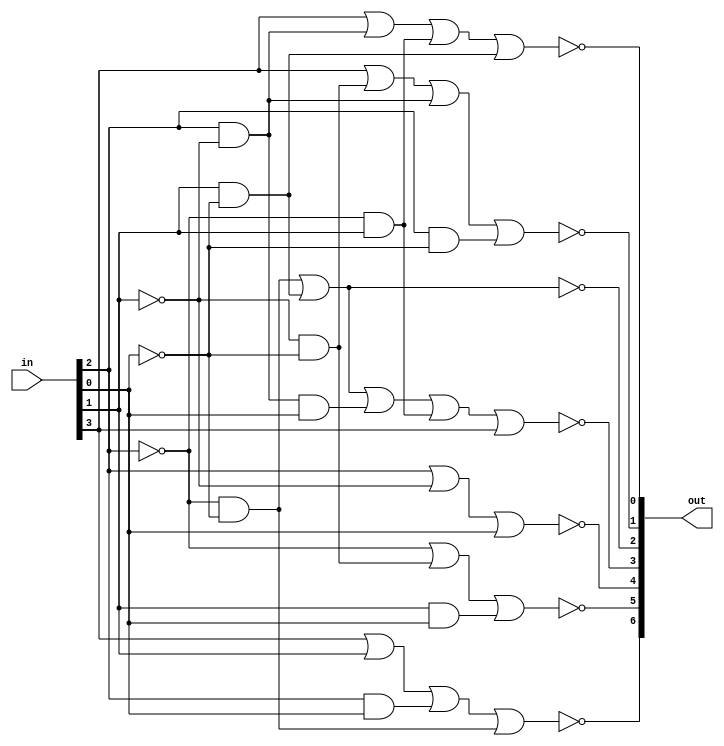
module Decoder_7seg (output reg [6:0] out, input [3:0] in );

wire A,B,C,D;
assign A = in[3];
assign B = in[2];
assign C = in[1];
assign D = in[0];

always @ (A,B,C,D)
	begin
		out[6] = ~ (A | C | B&D | ~B&~D);
		out[5] = ~ (~B | ~C&~D | C&D);
		out[4] = ~ (B | ~C | D);
		out[3] = ~ (~B&~D | C&~D | B&~C&D | ~B&C | A);
		out[2] = ~ (~B&~D | C&~D);
		out[1] = ~ (A | ~C&~D | B&~C | B&~D);
		out[0] = ~ (A | B&~C | ~B&C | C&~D);
	end

endmodule